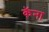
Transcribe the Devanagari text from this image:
कॅना